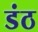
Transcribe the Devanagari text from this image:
डंठ